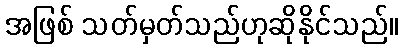
အဖြစ် သတ်မှတ်သည်ဟုဆိုနိုင်သည်။